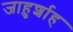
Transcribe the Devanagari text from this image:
जाहुर्शाह